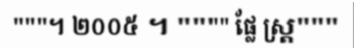
"""។ ២០០៥ ។ """" ផ្លែ ស្ត្រ"""